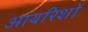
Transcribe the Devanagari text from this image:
आयरिशों